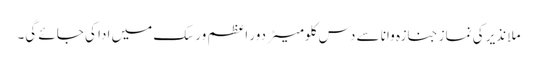
ملا نذیر کی نمازِ جنازہ وانا سے دس کلومیٹر دور اعظم ورسک میں ادا کی جائے گی۔